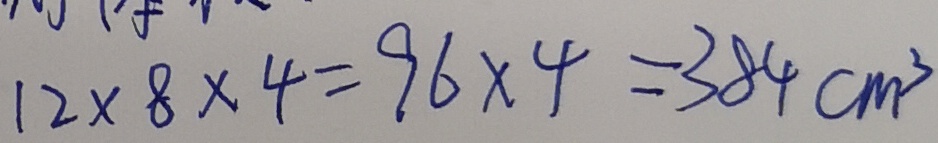
1 2 \times 8 \times 4 = 9 6 \times 4 = 3 8 4 c m ^ { 3 }